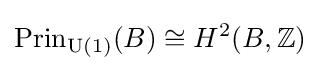
\operatorname {Prin} _{\operatorname {U} (1)}(B)\cong H^{2}(B,\mathbb {Z} )